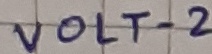
Text: VOLT-2